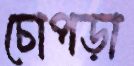
চোপড়া